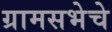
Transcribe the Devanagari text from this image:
ग्रामसभेचे